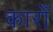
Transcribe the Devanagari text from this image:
कारोँ